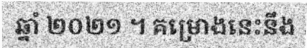
ឆ្នាំ ២០២១ ។ គម្រោងនេះនឹង